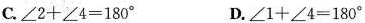
C.$$ \angle 2+\angle 4＝180^{\circ}$$D. $$\angle 1+\angle 4＝180^{\circ}$$